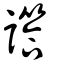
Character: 譗